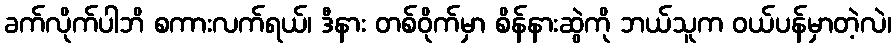
ခက်လိုက်ပါဘိ စကားလက်ရယ်၊ ဒီနား တစ်ဝိုက်မှာ စိန်နားဆွဲကို ဘယ်သူက ဝယ်ပန်မှာတဲ့လဲ၊